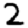
Digit: 2